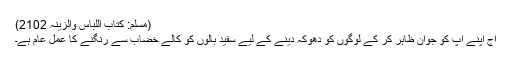
(مسلم: کتاب اللباس والزینہ 2102)
آج اپنے آپ کو جوان ظاہر کر کے لوگوں کو دھوکہ دینے کے لیے سفید بالوں کو کالے خضاب سے رنگنے کا عمل عام ہے۔